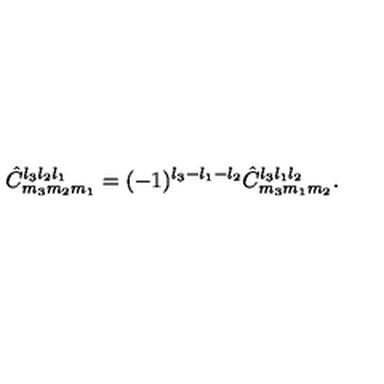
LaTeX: \hat { C } _ { m _ { 3 } m _ { 2 } m _ { 1 } } ^ { l _ { 3 } l _ { 2 } l _ { 1 } } = ( - 1 ) ^ { l _ { 3 } - l _ { 1 } - l _ { 2 } } \hat { C } _ { m _ { 3 } m _ { 1 } m _ { 2 } } ^ { l _ { 3 } l _ { 1 } l _ { 2 } } .